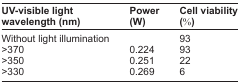
<table><thead><tr><td><b>UV-visible light wavelength (nm)</b></td><td><b>Power (W)</b></td><td><b>Cell viability (%)</b></td></tr></thead><tbody><tr><td>Without light illumination</td><td></td><td>93</td></tr><tr><td>&gt;370</td><td>0.224</td><td>93</td></tr><tr><td>&gt;350</td><td>0.251</td><td>22</td></tr><tr><td>&gt;330</td><td>0.269</td><td>6</td></tr></tbody></table>